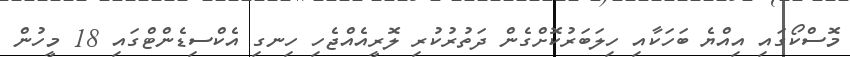
މޮސްކޯގައި އިއްޔެ ބަހަކާއި ހިލަބަރުކޮށްގެން ދަތުރުކުރި ލޮރީއެއްޖެހި ހިނގި އެކްސިޑެންޓްގައި 18 މީހުން